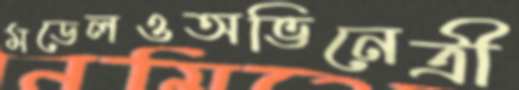
মডেলওঅভিনেত্রী